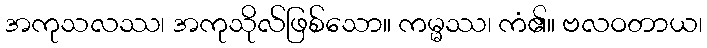
အကုသလဿ၊ အကုသိုလ်ဖြစ်သော။ ကမ္မဿ၊ ကံ၏။ ဗလဝတာယ၊